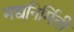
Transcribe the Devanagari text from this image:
मद्यनिर्मिती